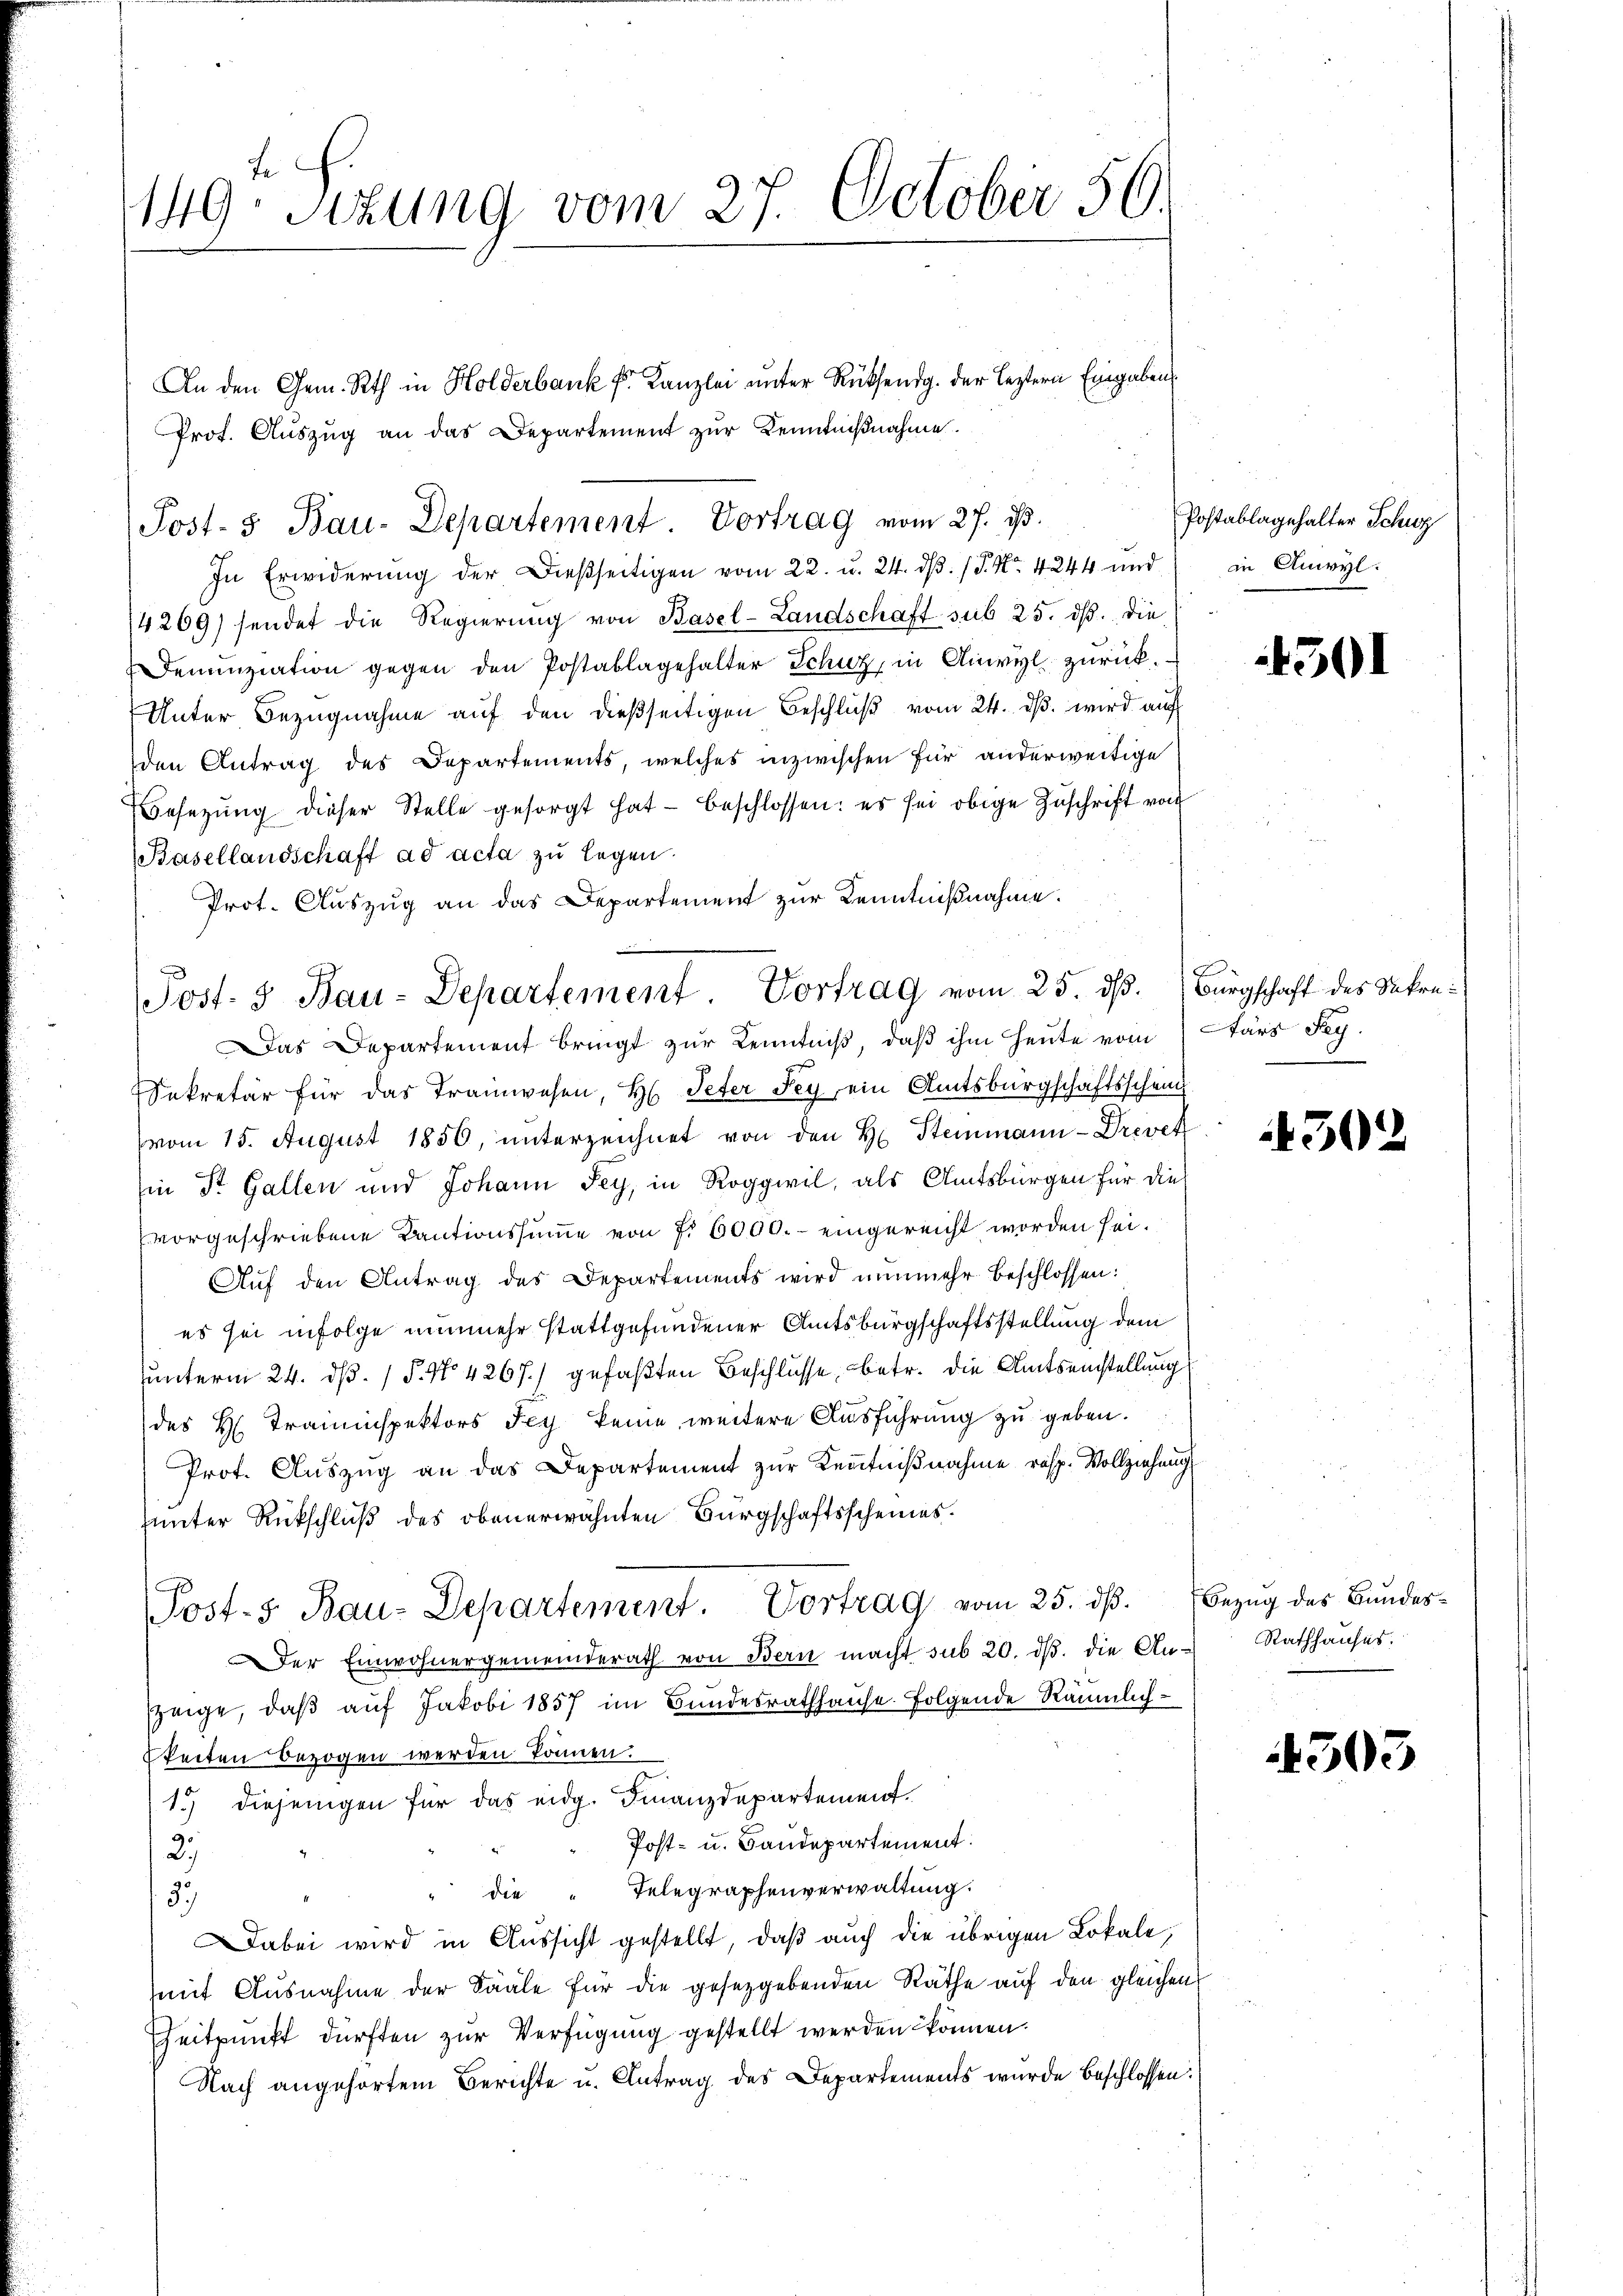
te
149. Sitzung vom 27. October 56.

An den Gem. Rth in Holderbank fr. Kanzlei unter Rücksendg. der leztern Eingabens
Prot. Aŭszŭg an das Departement zŭr Kenntniβnahme.
In Erwiderung der Dießseitigen vom 22. u. 24. dβ. / P. Nr. 4244 und
4269) sendet die Regierŭng von Basel-Landschaft sub 25. dβ. die
Denunziation gegen den Postablagehalter Schuz, in Anwyl zurück¬
Unter Bezugnahme auf den dießseitigen Beschlŭβ vom 24. dβ wird auf
den Antrag des Departements, welches inzwischen für anderweitige
Besetzŭng dieser Stelle gesorgt hat beschlossen: es sei obige Zŭschrift von
Basellandschaft ad acta zu legen.
Prot. Auszug an das Departement zur Kenntnißnahme.
ekretär für das Tramwesen, H. Peter Fey, ein Amtsbürgschaftsschein
vom 15. August 1850, unterzeichnet von den H. Steinmann-Drevet
Ein St. Gallen und Johann sey, in Roggwil, als Amtsbürgen für dies
vorgeschriebene Kautionssumme von No 6000.- eingereicht worden sei.
Aŭf den Antrag des Departements wird nunmehr beschlossen:
es sei infolge nunmehr stattgefundener Amtsbürgschaftsstellung dem
unterm 24. d. 1 P. Nr. 4267) gefaßten Beschlüsse, betr. die Amtseinstellung
des H. Traminspektors Sey keine weitere Ausführung zu geben.
Prot. Aŭszŭg an das Departement zŭr Kenntnißnahme resp. Vollziehung
sunter Rückschluß des obenerwähnten Bürgschaftsscheines.
Post-5 Bau-Departement. Vortrag vom 25. dß.
Der Einwohnergemeinderath von Bern macht sub 20. ds. die Anseige, daß auf Jakobi 1857 im Bundesrathhause folgende Räumlichkeiten bezogen werden können.
1.) Diejenigen für das eidg. Finanzdepartement.
Post- u. Baudepartement:
27
" die " Telegraphenverwaltung.
59
Dabei wird in Aussicht gestellt, daß auch die übrigen Lokale,
mit Ausnahme der Sääle für die gesetzgebenden Räthe auf den gleichen
Zeitpunkt dürften zur Verfügung gestellt werden können.
Nach angehörtem Berichte u. Antrag des Departements wurde beschlossen:

Post- 5 Bau-Departement Vortrag vom 27. ds.

e
Post. 3 Bau-Departement. Vortrag vom 25. dß. Bürgschaft des Sekre¬
Das Departement bringt zŭr Kenntniß, daß ihm heute vom Tars Sey.

Postablagehalter Schwy
in Anwyl:

4501

302

Bezug des Bundes¬
Rathhauses.

4503